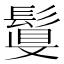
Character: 𩮉